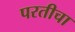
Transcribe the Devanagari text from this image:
परतीचा